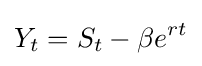
Y_{t}=S_{t}-\beta e^{rt}